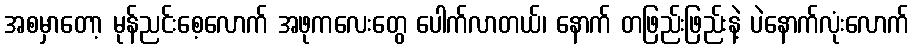
အစမှာတော့ မုန်ညင်းစေ့လောက် အဖုကလေးတွေ ပေါက်လာတယ်၊ နောက် တဖြည်းဖြည်းနဲ့ ပဲနောက်လုံးလောက်